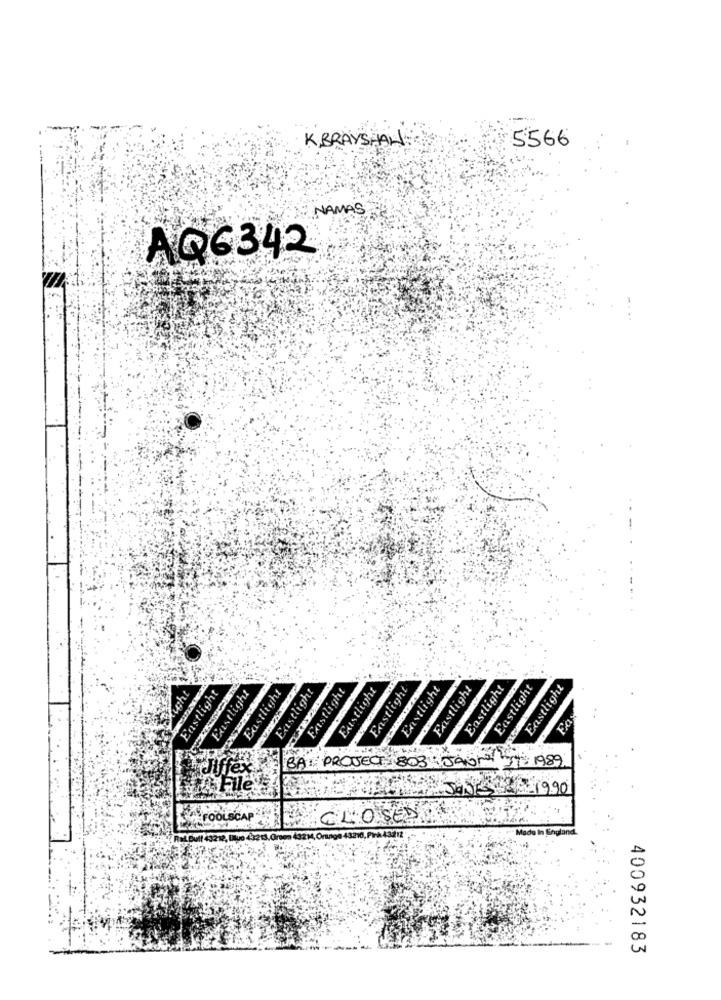
K.BRAYSHAN:
5566
NAMAS
AQ6342
Eastlight
Fastlight
Eastlight
Eastlight
Eastlight
cht
Eastlight
Existlight
Eastlight
Eastlight
Existlight
Eustlight
Eastlight
Fax
BA: PROJECT 803 JAON IT 1989
MAJD 1990
FOOLSCAP
CLOSED
Ral.Butf 43212, Bu6 43213. Oraen 432M, Orange 43210, PWA43212
400932183